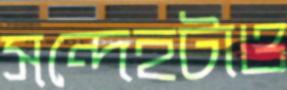
সন্দেহটাও